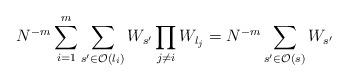
LaTeX: \begin{align*}N^{-m}\sum_{i=1}^{m}\sum_{s'\in \mathcal{O}(l_{i} ) }W_{s'}\prod_{j \neq i }W_{l_{j}}=N^{-m}\sum_{s' \in \mathcal{O}(s) } W_{s'} \end{align*}